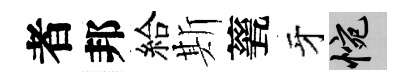
者邦給斯甆牙惋